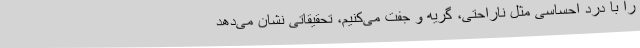
را با درد احساسی مثل ناراحتی، گریه و جفت می‌کنیم، تحقیقاتی نشان می‌دهد